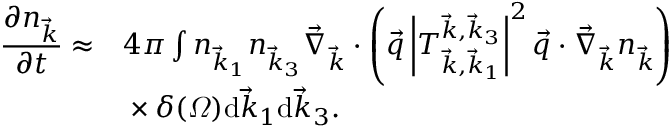
\begin{array} { r l } { \displaystyle \frac { \partial n _ { \vec { k } } } { \partial t } \approx } & { { } 4 \pi \int n _ { \vec { k } _ { 1 } } n _ { \vec { k } _ { 3 } } \vec { \nabla } _ { \vec { k } } \cdot \left( \vec { q } \left| T _ { \vec { k } , \vec { k } _ { 1 } } ^ { \vec { k } , \vec { k } _ { 3 } } \right| ^ { 2 } \vec { q } \cdot \vec { \nabla } _ { \vec { k } } n _ { \vec { k } } \right) } \\ { \displaystyle } & { { } \times \delta ( \varOmega ) \mathrm d \vec { k } _ { 1 } \mathrm d \vec { k } _ { 3 } . } \end{array}